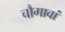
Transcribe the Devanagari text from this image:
चौगावां